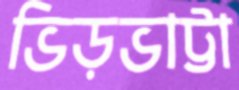
ভিড়ভাট্টা